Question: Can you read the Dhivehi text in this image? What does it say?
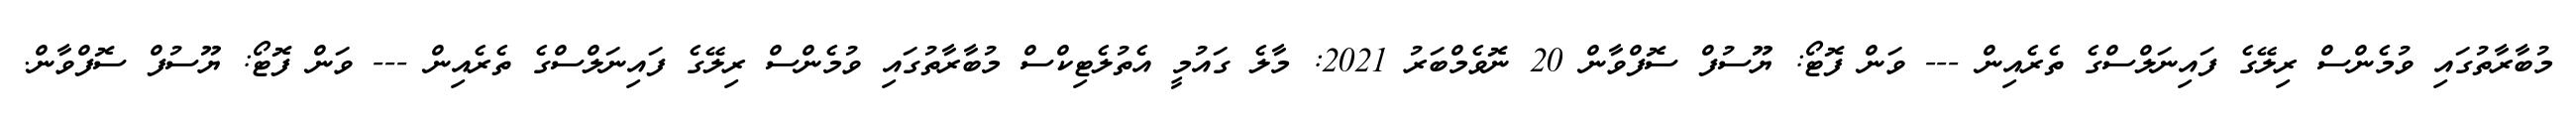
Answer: މުބާރާތުގައި ވުމެންސް ރިލޭގެ ފައިނަލްސްގެ ތެރެއިން --- ވަން ފޮޓޯ: ޔޫސުފް ސޮފްވާން 20 ނޮވެމްބަރު 2021: މާލެ ގައުމީ އެތުލެޓިކްސް މުބާރާތުގައި ވުމެންސް ރިލޭގެ ފައިނަލްސްގެ ތެރެއިން --- ވަން ފޮޓޯ: ޔޫސުފް ސޮފްވާން.